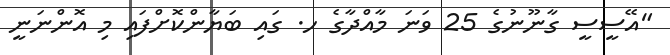
"އޭސީސީ ގާނޫނުގެ 25 ވަނަ މާއްދާގެ ހ. ގައި ބަޔާންކޮށްފައި މި އޮންނަނީ